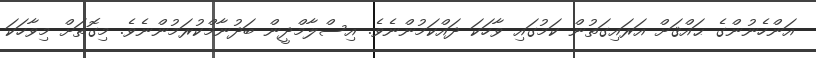
އަންހެނުންގެ ޙައްޤަށް އަރައިގަތުން ކަމުގައި ވާހަކަ ދައްކަމުންނެވެ. އިސްލާމްދީން ބަދުނާމްކުރަމުންނެވެ. މިގޮތަށް މިވާހަކަ